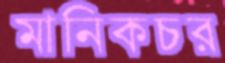
মানিকচর